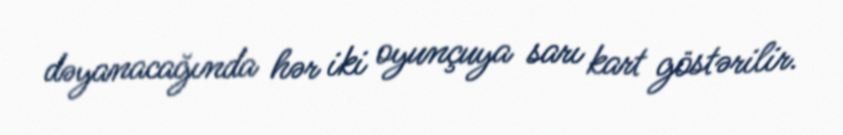
dəyanacağında hər iki oyunçuya sarı kart göstərilir.